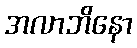
အလာဘိနော